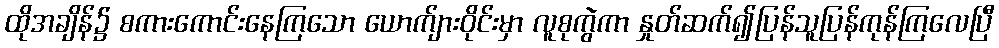
ထိုအချိန်၌ စကားကောင်းနေကြသော ယောက်ျားဝိုင်းမှာ လူစုကွဲကာ နှုတ်ဆက်၍ပြန်သူပြန်ကုန်ကြလေပြီ